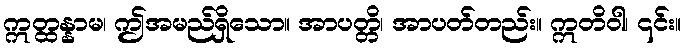
ဣတ္ထန္နာမ၊ ဤအမည်ရှိသော။ အာပတ္တိ၊ အာပတ်တည်း။ ဣတိဝါ၊ ၎င်း။